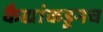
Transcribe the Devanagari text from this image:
कैद्यांकडूनच